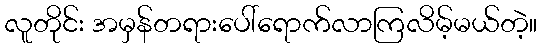
လူတိုင်း အမှန်တရားပေါ်ရောက်လာကြလိမ့်မယ်တဲ့။